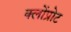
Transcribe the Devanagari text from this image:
क्लोंप्रोट